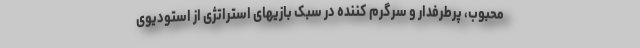
محبوب، پرطرفدار و سرگرم کننده در سبک بازیهای استراتژی از استودیوی